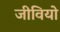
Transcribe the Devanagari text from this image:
जीवियो